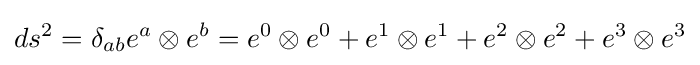
ds^{2}=\delta _{ab}e^{a}\otimes e^{b}=e^{0}\otimes e^{0}+e^{1}\otimes e^{1}+e^{2}\otimes e^{2}+e^{3}\otimes e^{3}